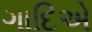
ગાદિએ